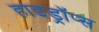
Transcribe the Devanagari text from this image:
हाइड्रॉप्स